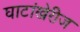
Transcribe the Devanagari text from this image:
घाटांखेरीज